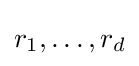
r_{1},\ldots ,r_{d}